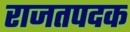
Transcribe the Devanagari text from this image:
राजतपदक